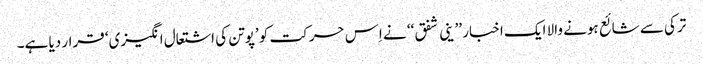
ترکی سے شائع ہونے والا ایک اخبار ’’ ینی شفق‘‘ نے اِس حرکت کو ’پوتن کی اشتعال انگیزی‘ قرار دیا ہے۔